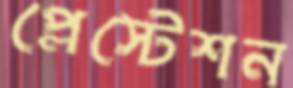
প্লেস্টেশন